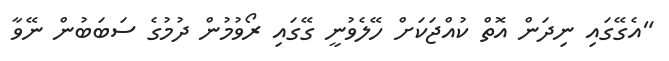
"އެގޭގައި ނިދަން އޮތް ކުއްޖަކަށް ހޭލެވުނީ ގޭގައި ރޯވުމުން ދުމުގެ ސަބަބުން ނޭވާ